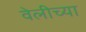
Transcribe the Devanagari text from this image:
वेलीच्या